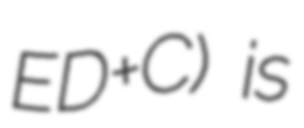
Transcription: ED+C) is